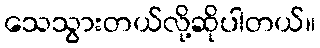
သေသွားတယ်လို့ဆိုပါတယ်။